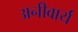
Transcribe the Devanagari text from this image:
अनीवार्य